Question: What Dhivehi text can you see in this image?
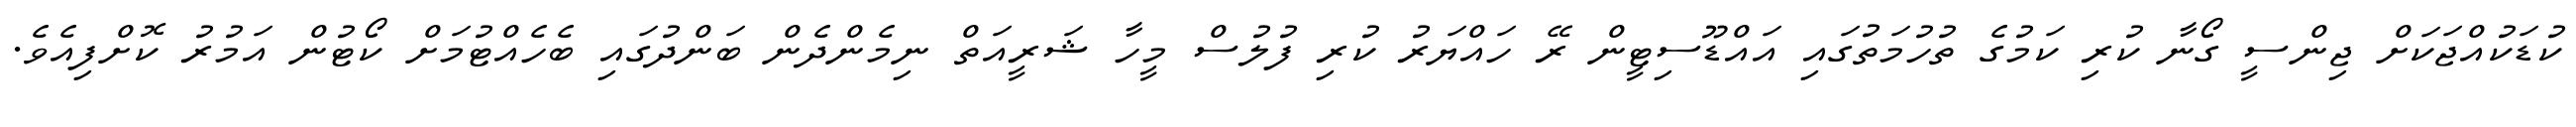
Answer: ކުޑަކުއްޖަކަށް ޖިންސީ ގޯނާ ކުރި ކަމުގެ ތުހުމަތުގައި އައްޑޫސިޓީން ރޭ ހައްޔަރު ކުރި ފުލުސް މީހާ ޝަރީއަތް ނިމެންދެން ބަންދުގައި ބެހެއްޓުމަށް ކޯޓުން އަމުރު ކޮށްފިއެވެ.